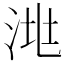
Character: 𣴧